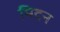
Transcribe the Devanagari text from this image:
मिदन